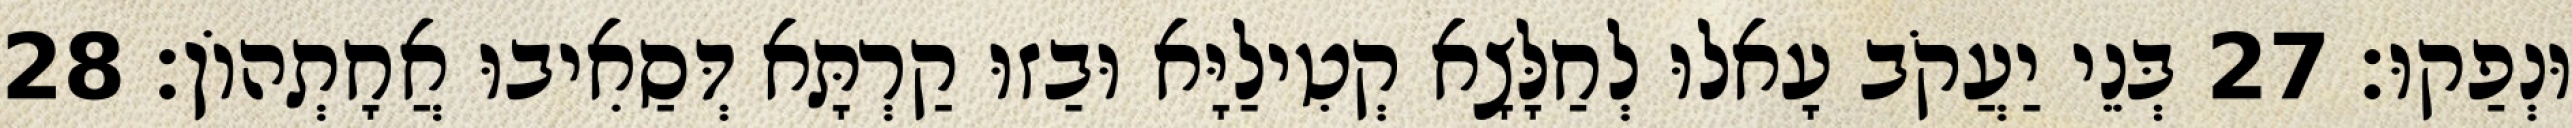
וּנְפַקוּ׃ 27 בְּנֵי יַעֲקֹב עָאלוּ לְחַלָּצָא קְטִילַיָּא וּבַזוּ קַרְתָּא דְּסַאִיבוּ אֲחָתְהוֹן׃ 28